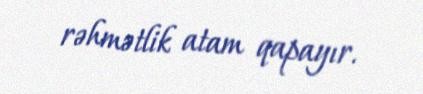
rəhmətlik atam qapayır.